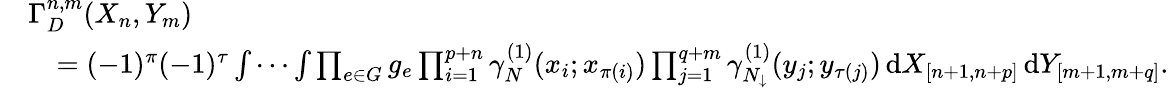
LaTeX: \begin{array}{rl}&{\Gamma_{D}^{n,m}(X_{n},Y_{m})}\\ &{\quad=(-1)^{\pi}(-1)^{\tau}\idotsint\prod_{e\in G}g_{e}\prod_{i=1}^{p+n}\gamma_{N}^{(1)}(x_{i};x_{\pi(i)})\prod_{j=1}^{q+m}\gamma_{{N_{\downarrow}}}^{(1)}(y_{j};y_{\tau(j)})\, \textnormal{d}X_{[n+1,n+p]}\, \textnormal{d}Y_{[m+1,m+q]}.}\end{array}